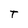
Character: t